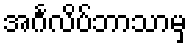
အင်္ဂလိပ်ဘာသာမှ